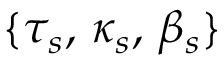
\{ \tau _ { s } , \, \kappa _ { s } , \, \beta _ { s } \}